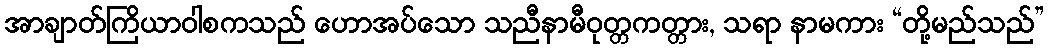
အာချာတ်ကြိယာဝါစကသည် ဟောအပ်သော သညီနာမီဝုတ္တကတ္တား, သရာ နာမကား “တို့မည်သည်”